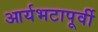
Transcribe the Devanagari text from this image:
आर्यभटापूर्वी